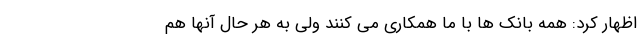
اظهار کرد: همه بانک ها با ما همکاری می کنند ولی به هر حال آنها هم